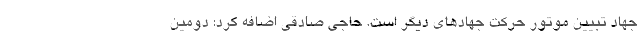
جهاد تبیین موتور حرکت جهادهای دیگر است. حاجی‌ صادقی اضافه کرد: دومین